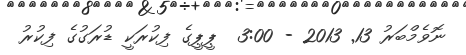
ނޮވެމްބަރު 13